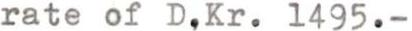
rate of D.Kr. 1495.-